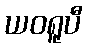
ယဝရူပီ